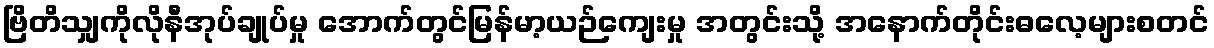
ဗြိတိသျှကိုလိုနီအုပ်ချုပ်မှု အောက်တွင်မြန်မာ့ယဉ်ကျေးမှု အတွင်းသို့ အနောက်တိုင်းဓလေ့များစတင်